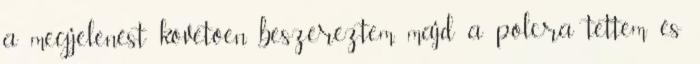
a megjelenést követően beszereztem, majd a polcra tettem és